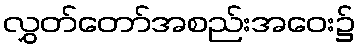
လွှတ်တော်အစည်းအဝေး၌